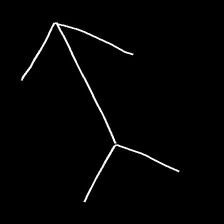
Glyph: gather